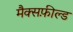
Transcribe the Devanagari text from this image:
मैक्सफ़ील्ड